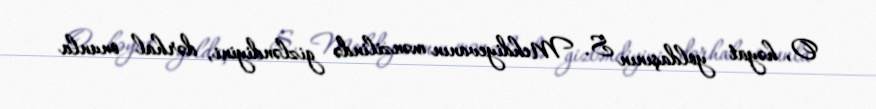
O, həyat yoldaşının S. Mehdiyevanın mənzilində gizləndiyini, dərhal onunla